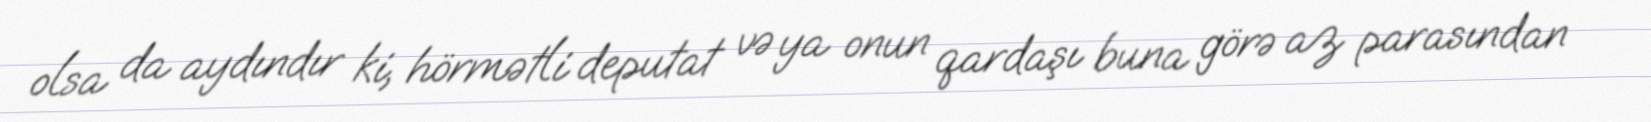
olsa da aydındır ki, hörmətli deputat və ya onun qardaşı buna görə az parasından